Lunatic asylums Bombay report 1878-1890 - 1878-1890
Year: 1878
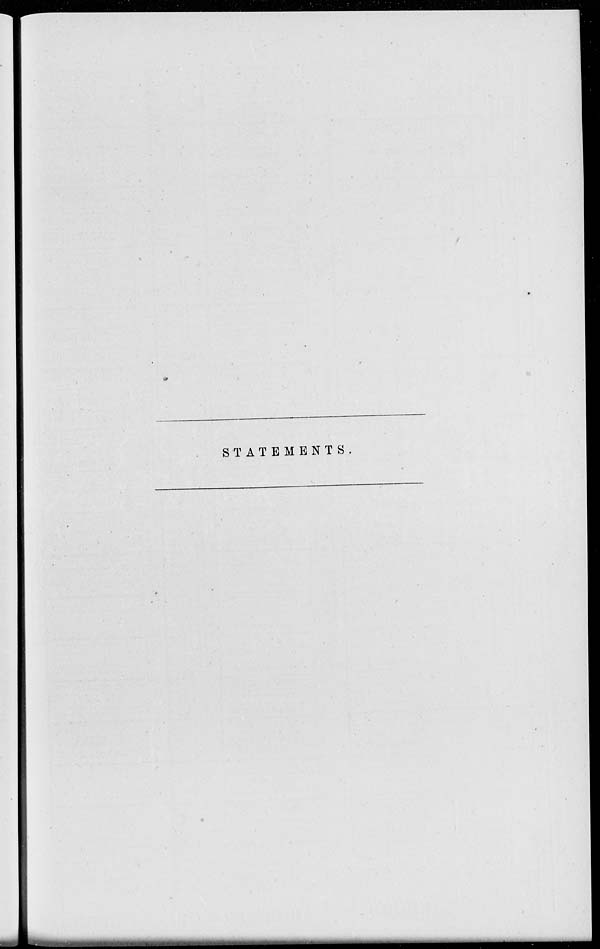
STATEMENTS